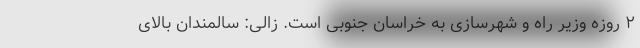
۲ روزه وزیر راه و شهرسازی به خراسان جنوبی است. زالی: سالمندان بالای